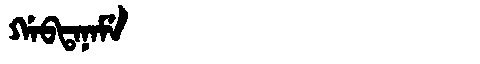
Manchu: ᡤᠠᠪᡨᠠᠨᠠᠮᡝ
Romanization: GABTANAME